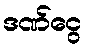
ဒဏ်ငွေ